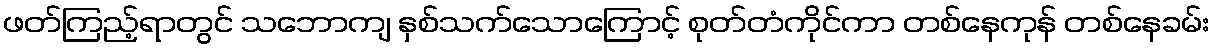
ဖတ်ကြည့်ရာတွင် သဘောကျ နှစ်သက်သောကြောင့် စုတ်တံကိုင်ကာ တစ်နေကုန် တစ်နေခမ်း